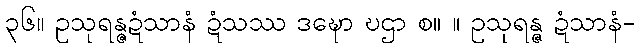
၃၆။ ဥသုရန္ဇဍံသာနံ ဍံသဿ ဒဍ္ဎော ဎဌာ စ။ ။ ဥသုရန္ဇ ဍံသာနံ-